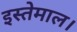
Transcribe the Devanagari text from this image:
इस्तेमाल।